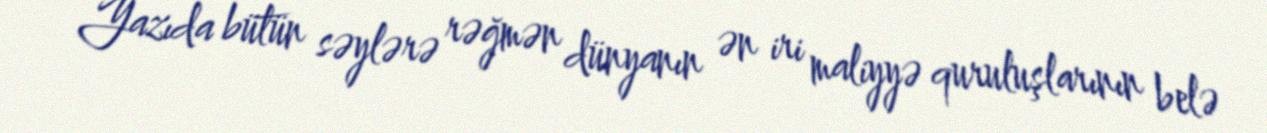
Yazıda bütün səylərə rəğmən dünyanın ən iri maliyyə quruluşlarının belə